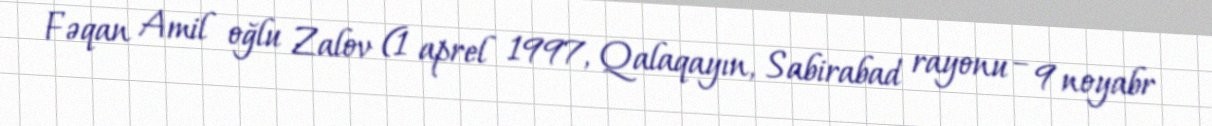
Fəqan Amil oğlu Zalov (1 aprel 1997, Qalaqayın, Sabirabad rayonu – 9 noyabr